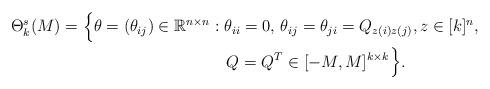
LaTeX: \begin{align*}\begin{aligned}\Theta^s_k(M)=\Big\{\theta=(\theta_{ij})\in\mathbb{R}^{n\times n} & :\theta_{ii}=0,\, \theta_{ij}=\theta_{ji}=Q_{z(i)z(j)}, z\in[k]^{n},\\& ~~~ Q = Q^T\in[-M,M]^{k\times k}\Big\}.\end{aligned}\end{align*}